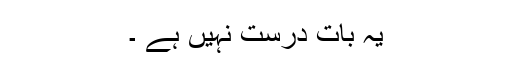
یہ بات درست نہیں ہے ۔